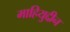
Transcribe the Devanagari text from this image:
माहियुद्दीन